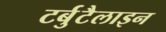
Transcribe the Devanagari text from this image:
टर्बुटैलाइन